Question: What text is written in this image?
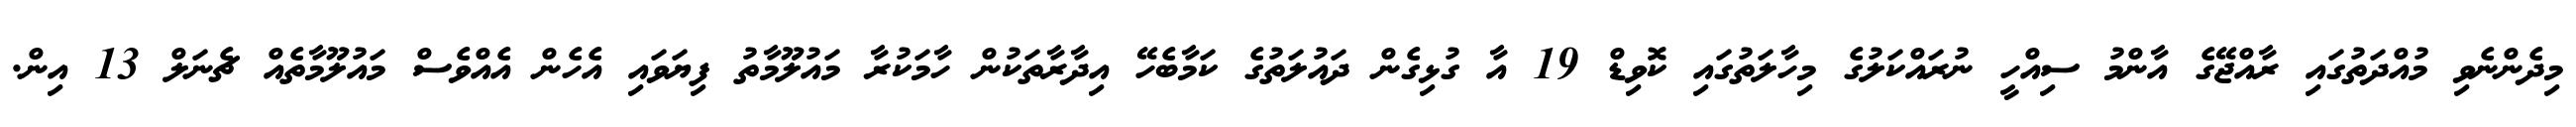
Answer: މިދެންނެވި މުއްދަތުގައި ރާއްޖޭގެ އާންމު ސިއްހީ ނުރައްކަލުގެ މިހާލަތުގައި ކޮވިޑް 19 އާ ގުޅިގެން ދައުލަތުގެ ކަމާބެހޭ އިދާރާތަކުން ހާމަކުރާ މައުލޫމާތު ފިޔަވައި އެހެން އެއްވެސް މައުލޫމާތެއް ޗެނަލް 13 އިން.